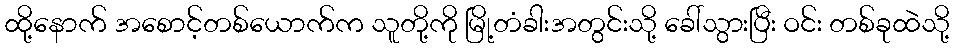
ထို့နောက် အစောင့်တစ်ယောက်က သူတို့ကို မြို့တံခါးအတွင်းသို့ ခေါ်သွားပြီး ဝင်း တစ်ခုထဲသို့